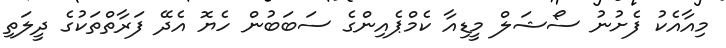
މިއާއެކު ފެށުނު ސޯޝަލް މީޑިއާ ކެމްޕެއިންގެ ސަބަބުން ހެޔޮ އެދޭ ފަރާތްތަކުގެ ދީލަތި